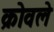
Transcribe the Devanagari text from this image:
क्रोवले